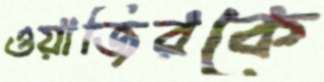
ওয়াজিরকে